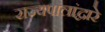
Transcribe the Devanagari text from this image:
राज्यपालांद्वारे